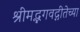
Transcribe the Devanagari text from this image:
श्रीमद्भगवद्गीतेच्या